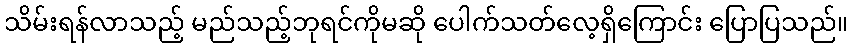
သိမ်းရန်လာသည့် မည်သည့်ဘုရင်ကိုမဆို ပေါက်သတ်လေ့ရှိကြောင်း ပြောပြသည်။